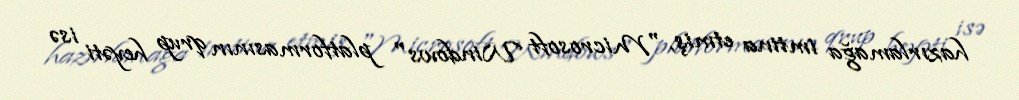
hazırlamağa imtina etmiş, "Microsoft Windows" platformasının qrup heyəti isə